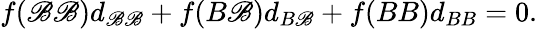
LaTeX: f(\mathscr{B}\mathscr{B})d_{\mathscr{B}\mathscr{B}}+f(B\mathscr{B})d_{B\mathscr{B}}+f(BB)d_{BB}=0.